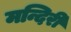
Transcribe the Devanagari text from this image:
मन्दिरी